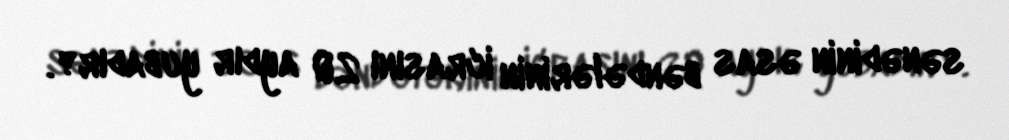
sənədinin əsas bəndələrinin icrasını 20 aydır yubadır?.